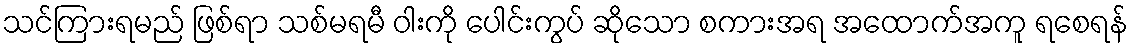
သင်ကြားရမည် ဖြစ်ရာ သစ်မရမီ ဝါးကို ပေါင်းကွပ် ဆိုသော စကားအရ အထောက်အကူ ရစေရန်